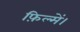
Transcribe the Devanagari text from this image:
फ़िल्में।